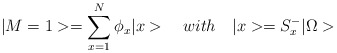
\begin{align*}|M=1>=\sum_{x=1}^{N}\phi_{x}|x>\quad with \quad |x>=S_{x}^{-}|\Omega>\end{align*}